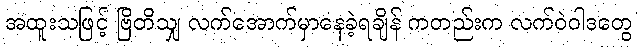
အထူးသဖြင့် ဗြိတိသျှ လက်အောက်မှာနေခဲ့ရချိန် ကတည်းက လက်ဝဲဝါဒတွေ